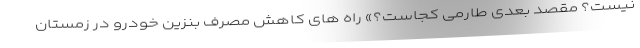
نیست؟ مقصد بعدی طارمی کجاست؟» راه های کاهش مصرف بنزین خودرو در زمستان